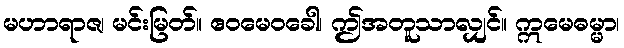
မဟာရာဇ၊ မင်းမြတ်။ ဧဝမေဝခေါ၊ ဤအတူသာလျှင်။ ဣမေဓမ္မာ၊